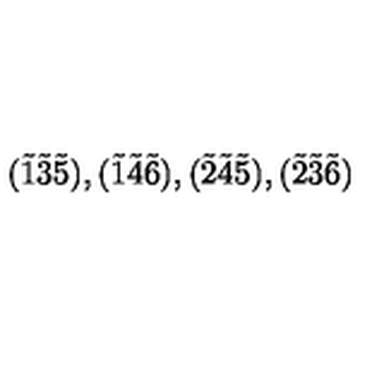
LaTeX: ( \tilde { 1 } \tilde { 3 } \tilde { 5 } ) , ( \tilde { 1 } \tilde { 4 } \tilde { 6 } ) , ( \tilde { 2 } \tilde { 4 } \tilde { 5 } ) , ( \tilde { 2 } \tilde { 3 } \tilde { 6 } )